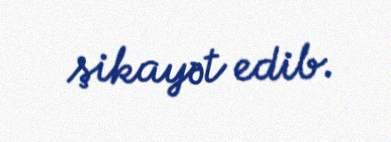
şikayət edib.